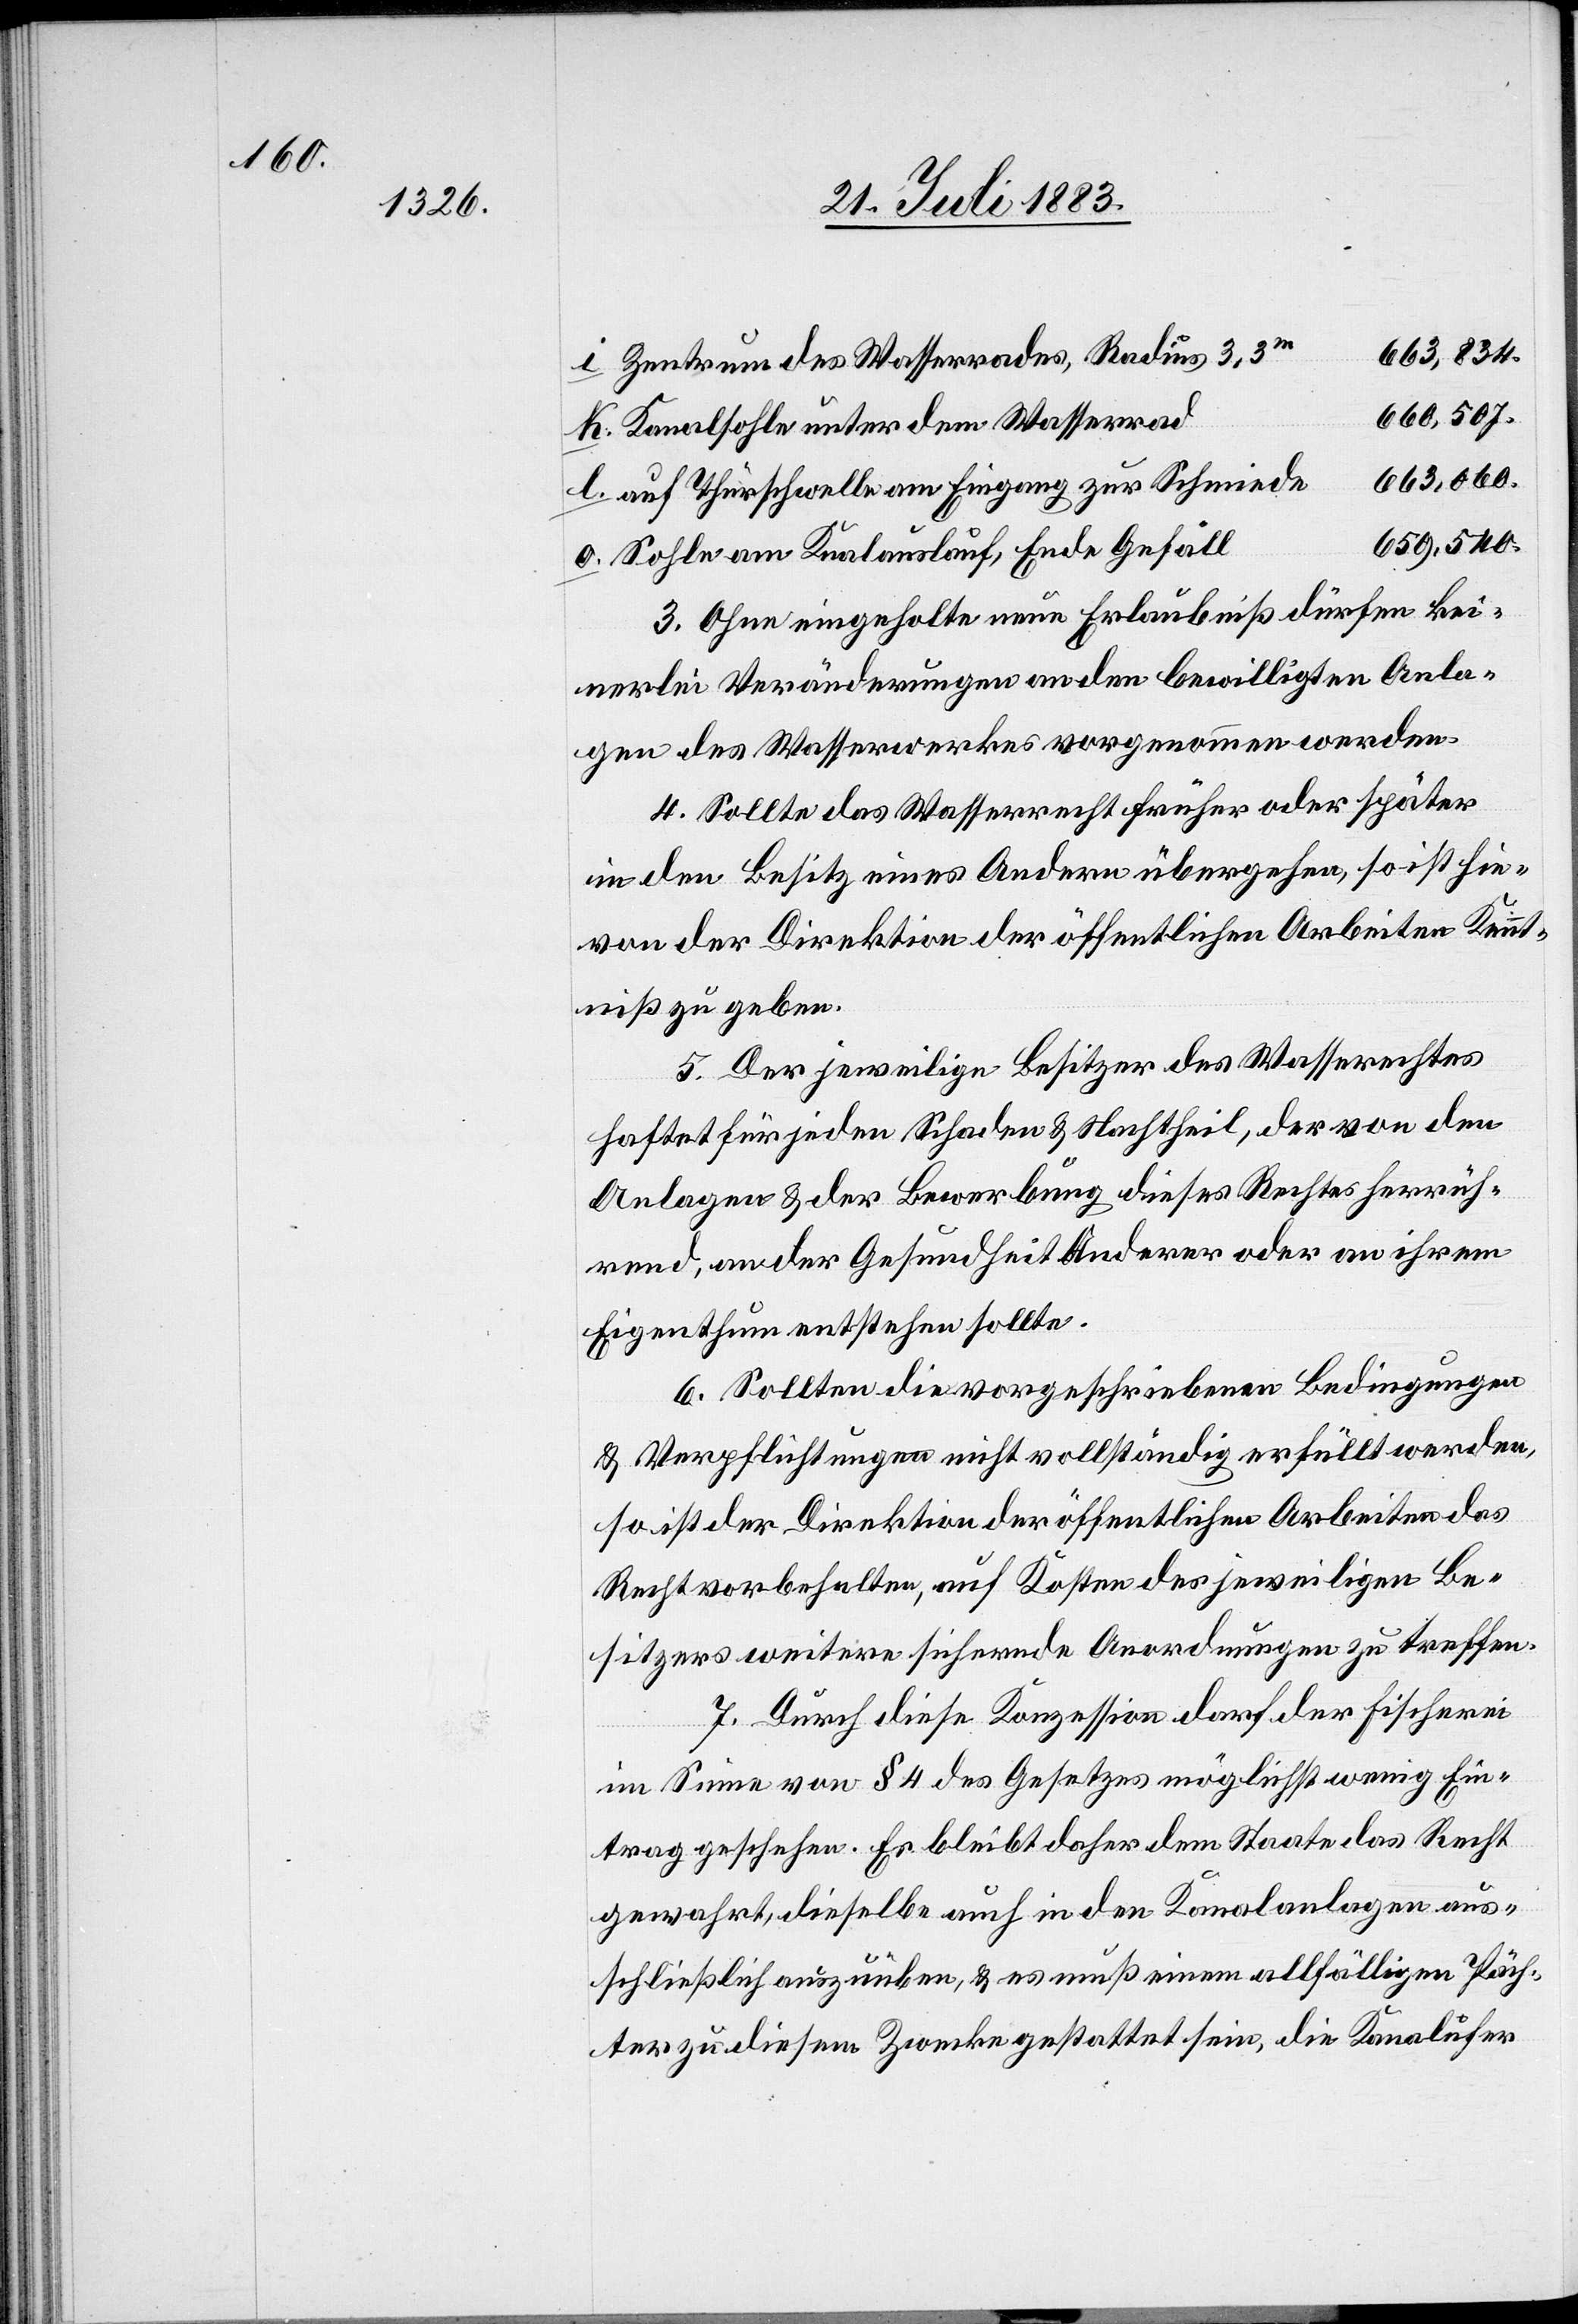
060.

Zentrum des Wasserrades, Radius 3,3m
Kanalsohle unter dem Wasserrad
auf Thürschwelle am Eingang zur Schmiede
Sohle am Kanalauslauf, Ende Gefäll
3. Ohne eingeholte neue Erlaubniß dürfen kei¬
nerlei Veränderungen an den bewilligten Anla¬
gen des Wasserwerkes vorgenommen werden.
4. Sollte das Wasserrecht früher oder später
in den Besitz eines Andern übergehen, so ist hie¬
von der Direktion der öffentlichen Arbeiten Kennt¬
niß zu geben.
5. Der jeweilige Besitzer des Wasserrechtes
haftet für jeden Schaden & Nachtheil, der von den
Anlagen & der Bewerbung dieses Rechtes herrüh¬
rend, an der Gesundheit Anderer oder an ihrem
Eigenthum entstehen sollte.
6. Sollten die vorgeschriebenen Bedingungen
& Verpflichtungen nicht vollständig erfüllt werden,
so ist der Direktion der öffentlichen Arbeiten das
Recht vorbehalten, auf Kosten des jeweiligen Be¬
sitzers weitere sichernde Anordnungen zu treffen.
7. Durch diese Konzession darf der Fischerei
im Sinne von § 4 des Gesetzes möglichst wenig Ein¬
trag geschehen. Es bleibt daher dem Staate das Recht
gewahrt, dieselbe auch in den Kanalanlagen aus¬
schließlich auszuüben, & es muß einem allfälligen Päch¬
ter zu diesem Zwecke gestattet sein, die Kanalufer